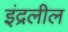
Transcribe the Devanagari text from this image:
इंद्रलील